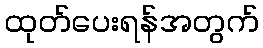
ထုတ်ပေးရန်အတွက်